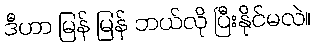
ဒီဟာ မြန် မြန် ဘယ်လို ပြီးနိုင်မလဲ။